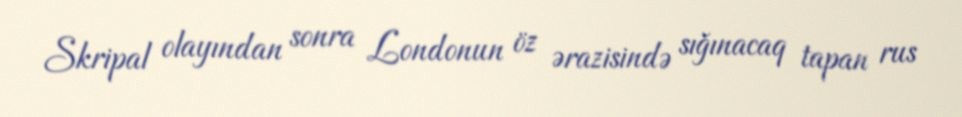
Skripal olayından sonra Londonun öz ərazisində sığınacaq tapan rus